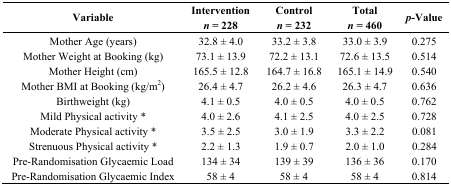
<table><thead><tr><td><b>Variable</b></td><td><b>Intervention <i>n</i> = 228</b></td><td><b>Control <i>n</i> = 232</b></td><td><b>Total <i>n</i> = 460</b></td><td><b><i>p</i>-Value</b></td></tr></thead><tbody><tr><td>Mother Age (years)</td><td>32.8 ± 4.0</td><td>33.2 ± 3.8</td><td>33.0 ± 3.9</td><td>0.275</td></tr><tr><td>Mother Weight at Booking (kg)</td><td>73.1 ± 13.9</td><td>72.2 ± 13.1</td><td>72.6 ± 13.5</td><td>0.514</td></tr><tr><td>Mother Height (cm)</td><td>165.5 ± 12.8</td><td>164.7 ± 16.8</td><td>165.1 ± 14.9</td><td>0.540</td></tr><tr><td>Mother BMI at Booking (kg/m<sup>2</sup>)</td><td>26.4 ± 4.7</td><td>26.2 ± 4.6</td><td>26.3 ± 4.7</td><td>0.636</td></tr><tr><td>Birthweight (kg)</td><td>4.1 ± 0.5</td><td>4.0 ± 0.5</td><td>4.0 ± 0.5</td><td>0.762</td></tr><tr><td>Mild Physical activity *</td><td>4.0 ± 2.6</td><td>4.1 ± 2.5</td><td>4.0 ± 2.5</td><td>0.728</td></tr><tr><td>Moderate Physical activity *</td><td>3.5 ± 2.5</td><td>3.0 ± 1.9</td><td>3.3 ± 2.2</td><td>0.081</td></tr><tr><td>Strenuous Physical activity *</td><td>2.2 ± 1.3</td><td>1.9 ± 0.7</td><td>2.0 ± 1.0</td><td>0.284</td></tr><tr><td>Pre-Randomisation Glycaemic Load</td><td>134 ± 34</td><td>139 ± 39</td><td>136 ± 36</td><td>0.170</td></tr><tr><td>Pre-Randomisation Glycaemic Index</td><td>58 ± 4</td><td>58 ± 4</td><td>58 ± 4</td><td>0.814</td></tr></tbody></table>